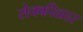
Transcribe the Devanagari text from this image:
सेक्कीळार